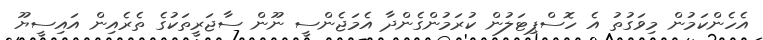
އެހެންކަމުން މިވަގުތު އެ ހޮސްޕިޓަލުން ކުރަމުންގެންދާ އެމަޖެންސީ ނޫން ސާޖަރީތަކުގެ ތެރެއިން އައިސީޔޫ